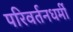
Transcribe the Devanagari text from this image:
परिवर्तनधर्मी